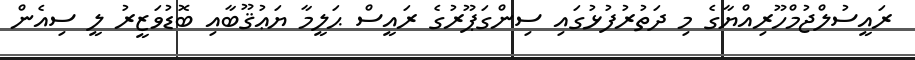
ރައީސުލްޖުމްހޫރިއްޔާގެ މި ދަތުރުފުޅުގައި ސިންގަޕޫރުގެ ރައީސް ޙަލީމާ ޔަޢުޤޫބާއި ބޮޑުވަޒީރު ލީ ސިއެން